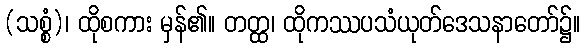
(သစ္စံ)၊ ထိုစကား မှန်၏။ တတ္ထ၊ ထိုကဿပသံယုတ်ဒေသနာတော်၌။